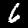
Label: 6